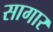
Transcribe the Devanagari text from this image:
सागार